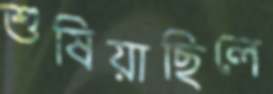
শুষিয়াছিলে